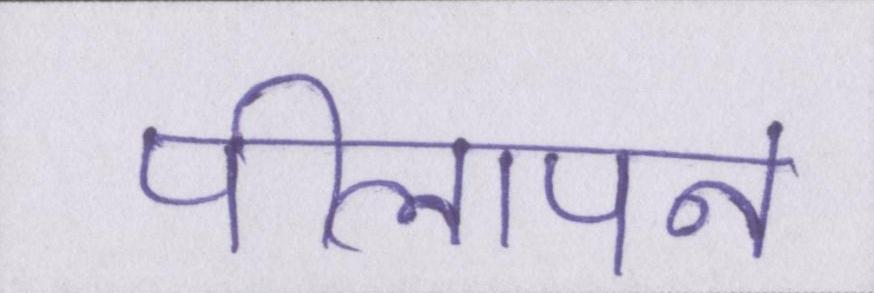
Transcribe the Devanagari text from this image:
पीलापन